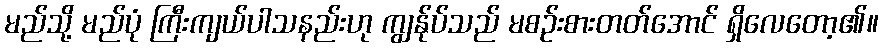
မည်သို့ မည်ပုံ ကြီးကျယ်ပါသနည်းဟု ကျွန်ုပ်သည် မစဉ်းစားတတ်အောင် ရှိလေတော့၏။